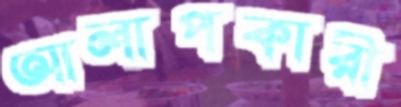
আলাপকারী